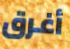
أغرق